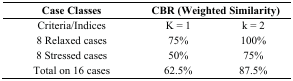
<table><thead><tr><td><b>Case Classes</b></td><td colspan="2"><b>CBR (Weighted Similarity)</b></td></tr></thead><tbody><tr><td>Criteria/Indices</td><td>K = 1</td><td>k = 2</td></tr><tr><td>8 Relaxed cases</td><td>75%</td><td>100%</td></tr><tr><td>8 Stressed cases</td><td>50%</td><td>75%</td></tr><tr><td>Total on 16 cases</td><td>62.5%</td><td>87.5%</td></tr></tbody></table>